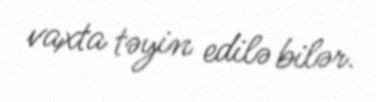
vaxta təyin edilə bilər.